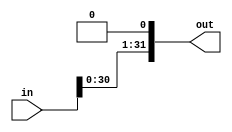
module shift_left1(out, in);
    input [31:0] in;
    output [31:0] out;
    
    assign out[0] = 0;
    assign out[31:1] = in[30:0];


endmodule


// and would this work?
/*
module shift_left8(in, out);
    input [31:0] in;

    output [31:0] out;
    
    // can i do this?
    out [31:8] = in [23:0];
    out[7:0] = 0;

endmodule
*/